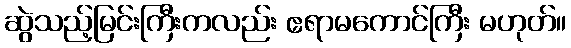
ဆွဲသည့်မြင်းကြီးကလည်း ဧရာမကောင်ကြီး မဟုတ်။